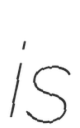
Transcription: is